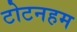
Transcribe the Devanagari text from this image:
टोटनहम